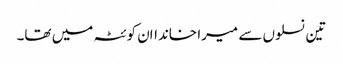
تین نسلوں سے میرا خانداان کوئٹہ میں تھا۔